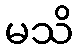
မသိ